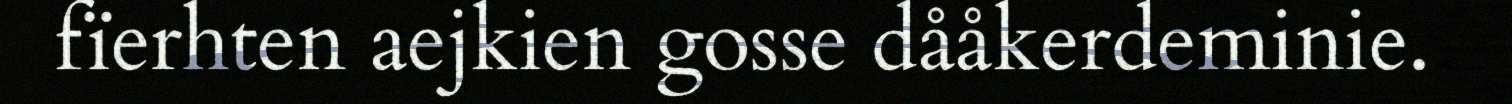
fïerhten aejkien gosse dååkerdeminie.